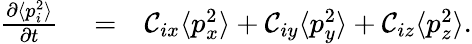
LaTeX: \begin{array}{rlr}{\frac{\partial\langle p_{i}^{2}\rangle}{\partial t}}&{{}=}&{\mathcal{C}_{ix}\langle p_{x}^{2}\rangle+\mathcal{C}_{iy}\langle p_{y}^{2}\rangle+\mathcal{C}_{iz}\langle p_{z}^{2}\rangle.}\end{array}